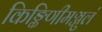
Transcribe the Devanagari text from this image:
किङ्किणीमञ्जुलं